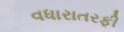
વધારાતરફી